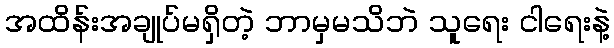
အထိန်းအချုပ်မရှိတဲ့ ဘာမှမသိဘဲ သူရေး ငါရေးနဲ့